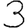
Digit: 3